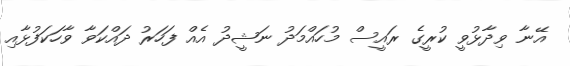
އޭނާ ވިދާޅުވީ ކުރީގެ ރައީސް މުހައްމަދު ނަޝީދު އެއް ފަހަރު ދައްކަވާ ވާހަކަފުޅާއި